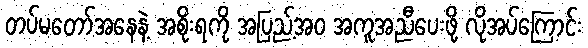
တပ်မတော်အနေနဲ့ အစိုးရကို အပြည့်အ၀ အကူအညီပေးဖို့ လိုအပ်ကြောင်း